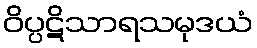
ဝိပ္ပဋိသာရသမုဒယံ